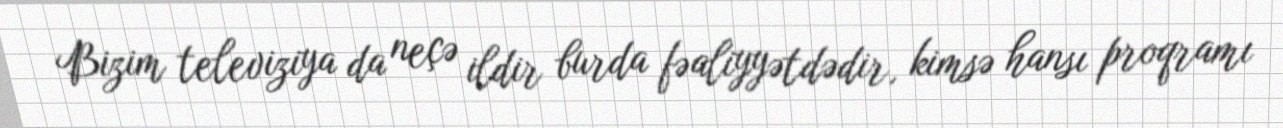
Bizim televiziya da neçə ildir burda fəaliyyətdədir, kimsə hansı proqramı